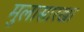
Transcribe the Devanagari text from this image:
मुलासारखा